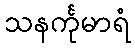
သနင်္ကုမာရံ